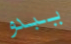
يبدو